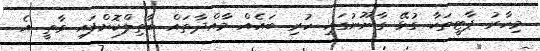
މިހާރު ޕާޓީތަކާ ގުޅޭ ގާނޫނުގައި ހުރި ބައެއް މާއްދާތައް ބާތިލްކޮށްފައި ވާތީ އެ